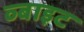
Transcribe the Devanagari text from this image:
व्बाइट